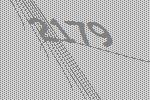
2179